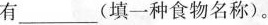
有___(填一种食物名称)。